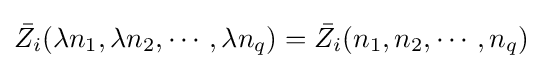
{\bar {Z_{i}}}(\lambda n_{1},\lambda n_{2},\cdots ,\lambda n_{q})={\bar {Z_{i}}}(n_{1},n_{2},\cdots ,n_{q})